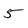
Character: 5